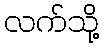
လက်သို့